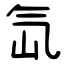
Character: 氙